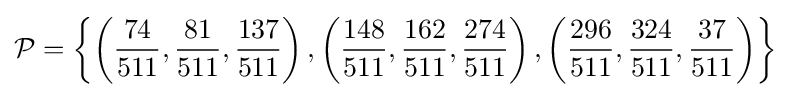
{\mathcal {P}}=\left\{\left({\frac {74}{511}},{\frac {81}{511}},{\frac {137}{511}}\right),\left({\frac {148}{511}},{\frac {162}{511}},{\frac {274}{511}}\right),\left({\frac {296}{511}},{\frac {324}{511}},{\frac {37}{511}}\right)\right\rbrace